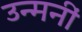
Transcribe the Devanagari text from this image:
उन्मनीं